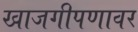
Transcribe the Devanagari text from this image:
खाजगीपणावर